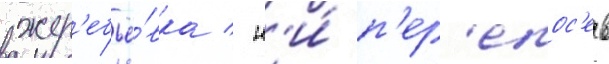
жер'ебьё́вка / н'и́ п'ер'епос'ев